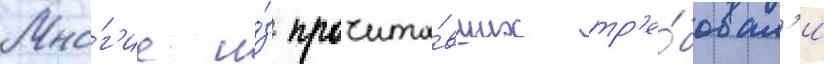
Мно́г'ие и́з прочита́вших тр'е́бовал'и